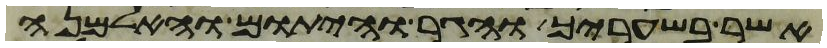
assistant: אשר בשעריך והגר והיתום והאלמנה